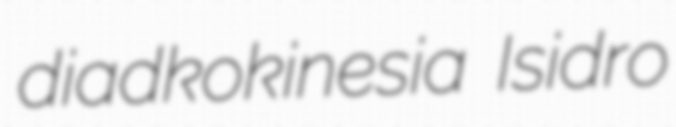
diadkokinesia Isidro